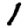
Digit: 1